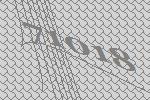
71018